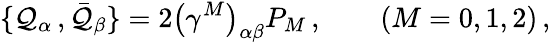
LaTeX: \{ \mathcal{Q}_{\alpha}\, ,{\bar{{\mathcal{Q}}}}_{\beta}\} =2\left(\gamma^{M}\right)_{\alpha\beta}P_{M}\, ,\qquad(M=0,1,2)\, ,